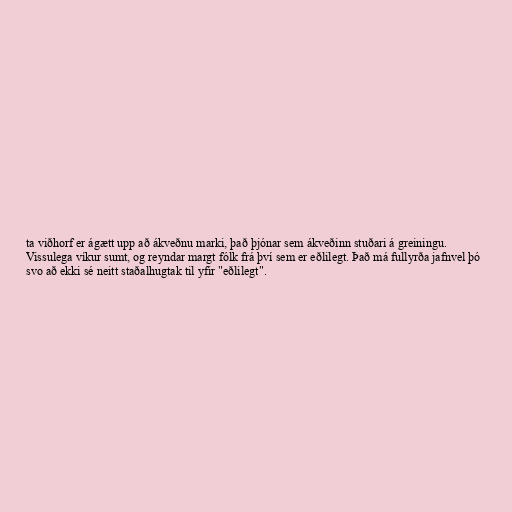
ta viðhorf er ágætt upp að ákveðnu marki, það þjónar sem ákveðinn stuðari á greiningu.
Vissulega víkur sumt, og reyndar margt fólk frá því sem er eðlilegt. Það má fullyrða jafnvel þó
svo að ekki sé neitt staðalhugtak til yfir "eðlilegt".